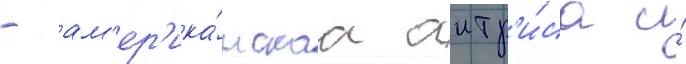
- ам'ер'ика́нскаа актр'и́са и́